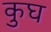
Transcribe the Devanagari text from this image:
कुघ